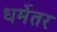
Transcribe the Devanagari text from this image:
धर्मेतर